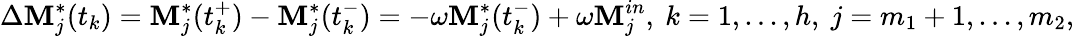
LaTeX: \Delta\mathbf{M}_{j}^{*}(t_{k})=\mathbf{M}_{j}^{*}(t_{k}^{+})-\mathbf{M}_{j}^{*}(t_{k}^{-})=-\omega\mathbf{M}_{j}^{*}(t_{k}^{-})+\omega\mathbf{M}_{j}^{in},\ k=1,...,h,\ j=m_{1}+1,...,m_{2},